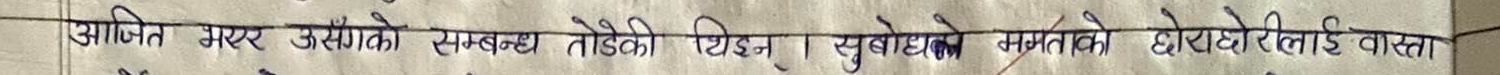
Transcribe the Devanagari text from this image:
आर्जित भएर उसँगको सम्बन्ध तोडेकी थिइन्। सुबोधले ममताको छोराछोरीलाई वास्ता